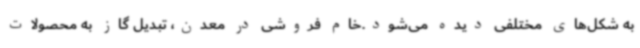
به شکل‌های مختلفی دیده می‌شود.خام فروشی در معدن، تبدیل گاز به محصولات